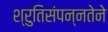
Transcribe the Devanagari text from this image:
श्रुतिसंपन्नतेने